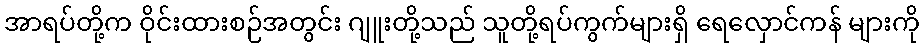
အာရပ်တို့က ဝိုင်းထားစဉ်အတွင်း ဂျူးတို့သည် သူတို့ရပ်ကွက်များရှိ ရေလှောင်ကန် များကို